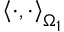
\left\langle \cdot , \cdot \right\rangle _ { \Omega _ { 1 } }